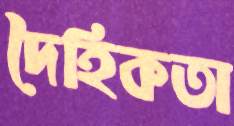
দৈহিকতা